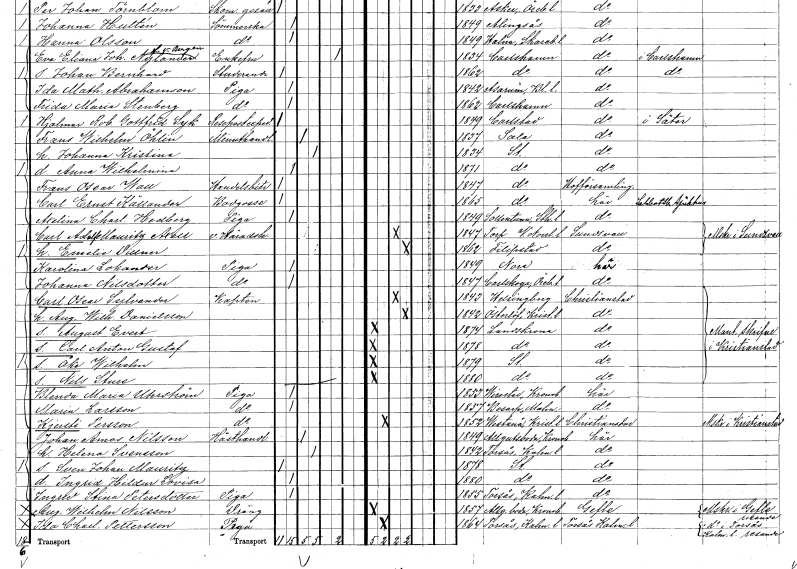
gt_parse: households: individuals: FN: Carl Ernst
EN: Källander
YRKE: Bodgosse
KON: M
CIV: O
FODAR: 1865
FODFORS: Stockholm
FN: Axelina Charlotta
EN: Hedberg
YRKE: Piga
KON: K
CIV: O
FODAR: 1849
FODFORS: Sollentuna Stockholms län
FN: Carl Adolf Mauritz
EN: Axell
YRKE: Häradshövding vice
KON: M
CIV: G
FODAR: 1847
FODFORS: Torp Västernorrlands län
FN: Emelie
EN: Dillner
KON: K
CIV: G
FODAR: 1862
FODFORS: Filipstad Värmlands län
FN: Karolina
EN: Lokander
YRKE: Piga
KON: K
CIV: O
FODAR: 1849
FODFORS: Nora Örebro län
FN: Johanna
EN: Nilsdotter
YRKE: Piga
KON: K
CIV: O
FODAR: 1847
FODFORS: Karlskoga Örebro län
FN: Carl Oscar
EN: Sylvander
YRKE: Kapten armén och flottan
KON: M
CIV: G
FODAR: 1843
FODFORS: Helsingborg Malmöhus län
FN: Augusta Wilhelmina
EN: Danielsson
KON: K
CIV: G
FODAR: 1842
FODFORS: Österslöv Kristianstads län
FN: August Evert
KON: M
CIV: O
FODAR: 1874
FODFORS: Landskrona Malmöhus län
FN: Carl Anton Gustaf
KON: M
CIV: O
FODAR: 1878
FODFORS: Landskrona Malmöhus län
FN: Åke Wilhelm
KON: M
CIV: O
FODAR: 1879
FODFORS: Stockholm
FN: Nils Sture
KON: M
CIV: O
FODAR: 1880
FODFORS: Stockholm
FN: Blenda Maria
EN: Uhrström
YRKE: Piga
KON: K
CIV: O
FODAR: 1853
FODFORS: Virestad Kronobergs län
FN: Maria
EN: Larsson
YRKE: Piga
KON: K
CIV: O
FODAR: 1857
FODFORS: Bosarp Malmöhus län
FN: Kjersti
EN: Persson
YRKE: Piga
KON: K
CIV: O
FODAR: 1852
FN: Johan Amos
EN: Nilsson
YRKE: Hästhandlare
KON: M
CIV: G
FODAR: 1849
FODFORS: Algutsboda Kalmar län
FN: Helena
EN: Svensson
KON: K
CIV: G
FODAR: 1842
FODFORS: Torsås Kalmar län
FN: Sven Johan Mauritz
KON: M
CIV: O
FODAR: 1878
FODFORS: Stockholm
FN: Ingrid Hildur Lovisa
KON: K
CIV: O
FODAR: 1880
FODFORS: Stockholm
FN: Ingrid Stina
EN: Petersdotter
YRKE: Piga
KON: K
CIV: O
FODAR: 1855
FODFORS: Torsås Kalmar län
FN: August Wilhelm
EN: Nilsson
YRKE: Dräng
KON: M
CIV: O
FODAR: 1857
FODFORS: Algutsboda Kalmar län
FN: Ida Charlotta
EN: Pettersson
YRKE: Piga
KON: K
CIV: O
FODAR: 1864
FODFORS: Torsås Kalmar län